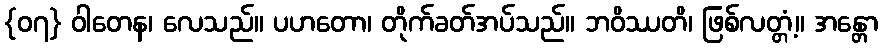
{၀၇} ဝါတေန၊ လေသည်။ ပဟတော၊ တိုက်ခတ်အပ်သည်။ ဘဝိဿတိ၊ ဖြစ်လတ္တံ့။ အန္တော